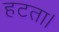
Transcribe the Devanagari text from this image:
हटता।